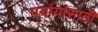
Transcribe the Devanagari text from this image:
पर्यायांसाठी